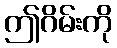
ဤဂိမ်းကို